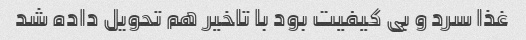
غذا سرد و بی کیفیت بود با تاخیر هم تحویل داده شد